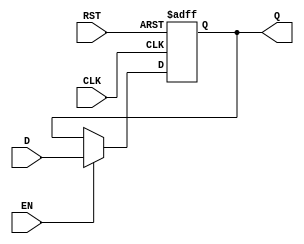
module OutputRegister #(
    parameter WIDTH = 8   // Parameter for width of the register (e.g., 8, 16, 32 bits)
)(
    input  wire [WIDTH-1:0] D,    // Data input
    input  wire CLK,                // Clock signal
    input  wire RST,                // Asynchronous reset signal
    input  wire EN,                 // Enable signal
    output reg  [WIDTH-1:0] Q       // Data output
);

    // Asynchronous reset and capturing data on the rising edge of the clock
    always @(posedge CLK or posedge RST) begin
        if (RST) begin
            Q <= {WIDTH{1'b0}};       // Reset output to 0
        end else if (EN) begin
            Q <= D;                   // Capture input data if enabled
        end
        // If EN is not asserted, Q retains its previous value
    end

endmodule